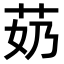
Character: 𫇵